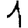
Digit: 1